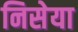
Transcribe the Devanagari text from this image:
निसेया